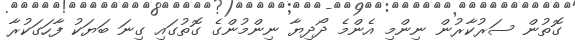
ގޮތުން ސަރުކާރުން ނިންމި އެންމެ ދޯދިޔާ ނިންމުންގެ ގޮތުގައި ގިނަ ބަޔަކު ފާހަގަކުރާ